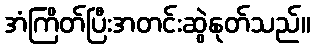
အံကြိတ်ပြီးအတင်းဆွဲနုတ်သည်။